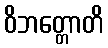
ဝိဘတ္တောတိ